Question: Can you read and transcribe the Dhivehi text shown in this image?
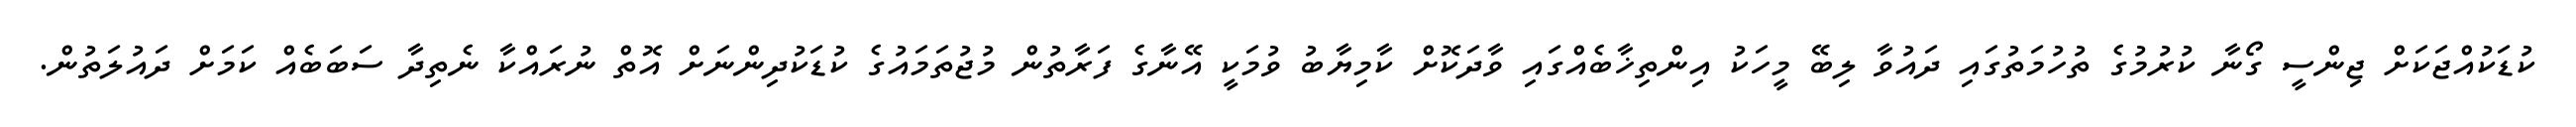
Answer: ކުޑަކުއްޖަކަށް ޖިންސީ ގޯނާ ކުރުމުގެ ތުހުމަތުގައި ދައުވާ ލިބޭ މީހަކު އިންތިޚާބެއްގައި ވާދަކޮށް ކާމިޔާބު ވުމަކީ އޭނާގެ ފަރާތުން މުޖުތަމައުގެ ކުޑަކުދިންނަށް އޮތް ނުރައްކާ ނެތިދާ ސަބަބެއް ކަމަށް ދައުލަތުން.